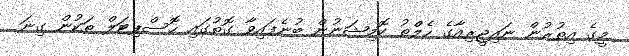
މީގެ އިތުރުން ނައިޖީރިއާގެ ހެލްތު ކޮމިޝަނުން ބުނެފައިވާ ގޮތުގައި ހޮސްޕިޓަލް ތަކުން ގިނަ